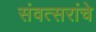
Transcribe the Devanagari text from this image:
संवत्सरांचे